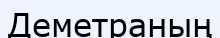
Деметраның